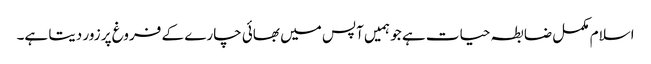
اسلام مکمل ضابطہ حیات ہے جو ہمیں آپس میں بھائی چارے کے فروغ پر زور دیتا ہے۔